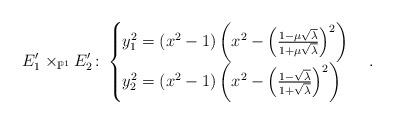
LaTeX: \begin{align*}E_1'\times_{\mathbb{P}^1}E_2' \colon\begin{cases}y_1^2= (x^2-1)\left(x^2-\left(\frac{1-\mu\sqrt{\lambda}}{1+\mu\sqrt{\lambda}}\right)^2\right)\\y_2^2= (x^2-1)\left(x^2-\left(\frac{1-\sqrt{\lambda}}{1+\sqrt{\lambda}}\right)^2\right)\end{cases}.\end{align*}